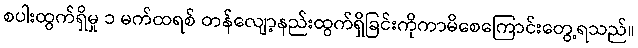
စပါးထွက်ရှိမှု ၁ မက်ထရစ် တန်လျော့နည်းထွက်ရှိခြင်းကိုကာမိစေကြောင်းတွေ့ရသည်။